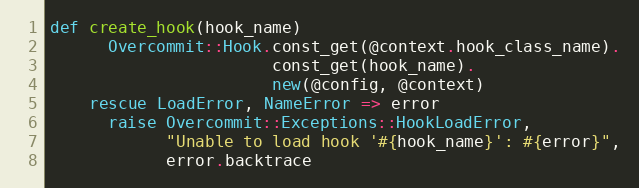
Language: Ruby
def create_hook(hook_name)
      Overcommit::Hook.const_get(@context.hook_class_name).
                       const_get(hook_name).
                       new(@config, @context)
    rescue LoadError, NameError => error
      raise Overcommit::Exceptions::HookLoadError,
            "Unable to load hook '#{hook_name}': #{error}",
            error.backtrace